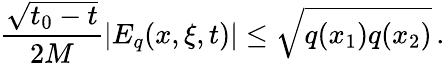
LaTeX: \frac{\sqrt{t_{0}-t}}{2M}\left|E_{q}(x,\xi,t)\right|\leq\sqrt{q(x_{1})q(x_{2})}\, .